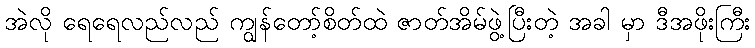
အဲလို ရေရေလည်လည် ကျွန်တော့်စိတ်ထဲ ဇာတ်အိမ်ဖွဲ့ပြီးတဲ့ အခါ မှာ ဒီအဖိုးကြီး